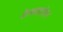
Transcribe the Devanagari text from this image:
कैनलाइजेशन